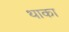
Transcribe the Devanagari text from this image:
थाका